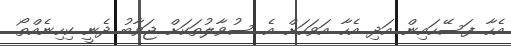
އެހާ ފަސޭހައިން އަދި އެހާ އަވަހަށް އެ ސުވާލުތަކަށް ޖަވާބު ދެނީ ކިހިނެއްތޯ